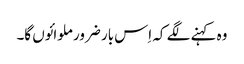
وہ کہنے لگے کہ اِس بار ضرور ملوائوں گا۔